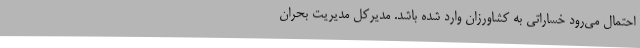
احتمال می‌رود خساراتی به کشاورزان وارد شده باشد. مدیرکل مدیریت بحران